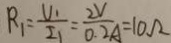
R _ { 1 } = \frac { U _ { 1 } } { I _ { 1 } } = \frac { 2 V } { 0 . 2 A } = 1 0 \Omega